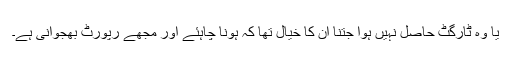
یا وہ ٹارگٹ حاصل نہیں ہوا جتنا ان کا خیال تھا کہ ہونا چاہئے اور مجھے رپورٹ بھجوانی ہے۔